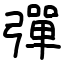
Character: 彈